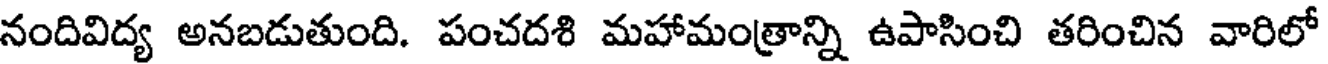
నందివిద్య అనబడుతుంది. పంచదశి మహామంత్రాన్ని ఉపాసించి తరించిన వారిలో